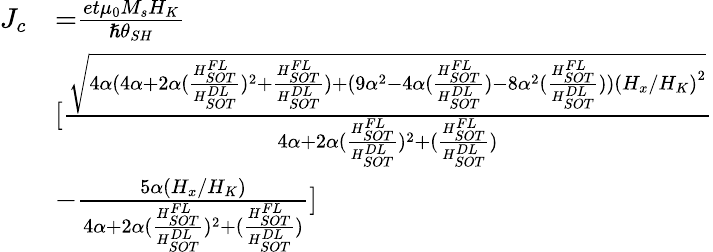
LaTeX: \begin{array}{ll}{J_{c}}&{{=}\frac{et{\mu}_{0}M_{s}H_{K}}{{\hslash}{\theta}_{SH}}}\\ &{[\frac{\sqrt{{4}\alpha{(4}\alpha{+2}\alpha(\frac{H_{SOT}^{FL}}{H_{SOT}^{DL}})^{{2}}{+}\frac{H_{SOT}^{FL}}{H_{SOT}^{DL}}{)+(9}{\alpha}^{{2}}{-}{4}\alpha{(}\frac{H_{SOT}^{FL}}{H_{SOT}^{DL}}{)-8}{\alpha}^{{2}}{(}\frac{H_{SOT}^{FL}}{H_{SOT}^{DL}}{))}{{(}H_{x}{/}H_{K}{)}}^{{2}}}}{{{4}\alpha{+2}\alpha(\frac{H_{SOT}^{FL}}{H_{SOT}^{DL}})^{{2}}{+(}\frac{H_{SOT}^{FL}}{H_{SOT}^{DL}}{)}}}}\\ &{{-}\frac{{5}\alpha{(}H_{x}{/}H_{K}{)}}{{4}\alpha{+2}\alpha(\frac{H_{SOT}^{FL}}{H_{SOT}^{DL}})^{{2}}{+(}\frac{H_{SOT}^{FL}}{H_{SOT}^{DL}}{)}}]}\end{array}